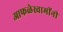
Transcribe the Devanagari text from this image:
आफळेस्वामींनी